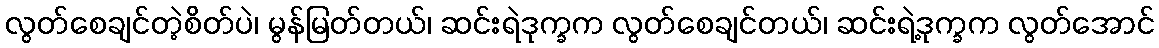
လွတ်စေချင်တဲ့စိတ်ပဲ၊ မွန်မြတ်တယ်၊ ဆင်းရဲဒုက္ခက လွတ်စေချင်တယ်၊ ဆင်းရဲ့ဒုက္ခက လွတ်အောင်